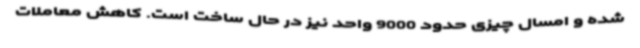
شده و امسال چیزی حدود 9000 واحد نیز در حال ساخت است. کاهش معاملات